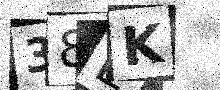
Text: 38EK